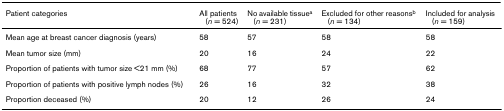
| Patient categories | All patients (n = 524) | No available tissuea (n = 231) | Excluded for other reasonsb (n = 134) | Included for analysis (n = 159) |
 | --- | --- | --- | --- | --- |
 | Mean age at breast cancer diagnosis (years) | 58 | 57 | 58 | 58 |
 | Mean tumor size (mm) | 20 | 16 | 24 | 22 |
 | Proportion of patients with tumor size <21 mm (%) | 68 | 77 | 57 | 62 |
 | Proportion of patients with positive lymph nodes (%) | 26 | 16 | 32 | 38 |
 | Proportion deceased (%) | 20 | 12 | 26 | 24 |